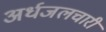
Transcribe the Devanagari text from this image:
अर्धजलचारी